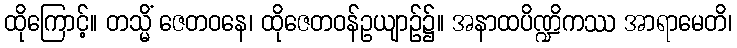
ထိုကြောင့်။ တသ္မိံ ဇေတဝနေ၊ ထိုဇေတဝန်ဥယျာဉ်၌။ အနာထပိဏ္ဍိကဿ အာရာမေတိ၊